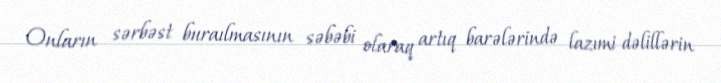
Onların sərbəst buraılmasının səbəbi olaraq artıq barələrində lazımi dəlillərin